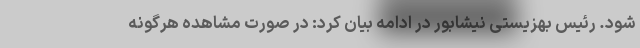
شود. رئیس بهزیستی نیشابور در ادامه بیان کرد: در صورت مشاهده هرگونه